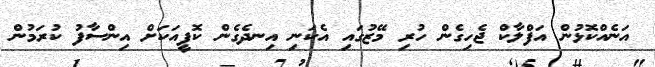
އަނެއްކޮޅުން އަފްލާކް ޖެހިގެން ހުރި މޭޒުގައި އެކަނި އިނދެގެން ކޮފީއަކަށް އިންސާފު ކުރަމުން